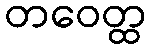
တဝေတ္ထ